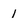
Character: 1